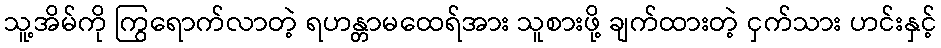
သူ့အိမ်ကို ကြွရောက်လာတဲ့ ရဟန္တာမထေရ်အား သူစားဖို့ ချက်ထားတဲ့ ငှက်သား ဟင်းနှင့်